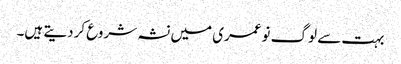
بہت سے لوگ نوعمری میں نشہ شروع کردیتے ہیں۔